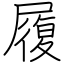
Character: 履